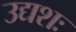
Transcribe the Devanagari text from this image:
उद्यशः